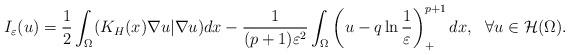
LaTeX: \begin{align*}I_{\varepsilon}(u)=\frac{1}{2}\int_{\Omega}(K_H(x)\nabla u|\nabla u)dx -\frac{1}{(p+1)\varepsilon^2}\int_{\Omega}\left(u-q\ln\frac{1}{\varepsilon}\right)^{p+1}_+dx,\ \ \forall u\in \mathcal{H}(\Omega).\end{align*}